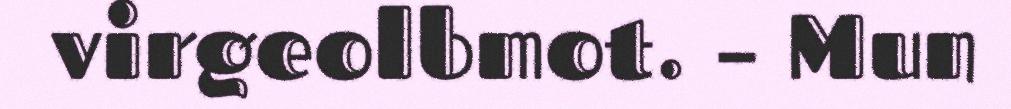
virgeolbmot. – Mun